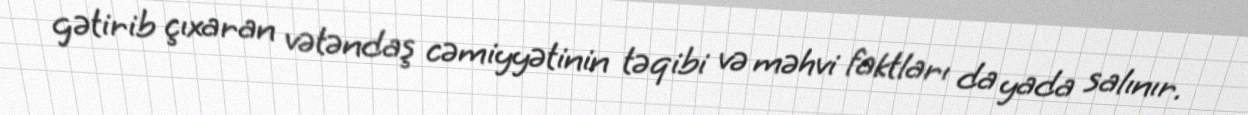
gətirib çıxaran vətəndaş cəmiyyətinin təqibi və məhvi faktları da yada salınır.